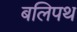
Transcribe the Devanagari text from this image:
बलिपथ